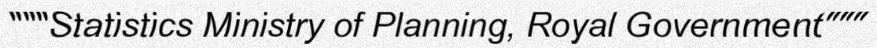
"""Statistics Ministry of Planning, Royal Government"""